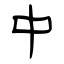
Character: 中